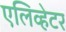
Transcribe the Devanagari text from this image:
एलिव्हेटर